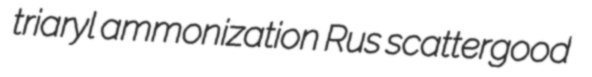
triaryl ammonization Rus scattergood